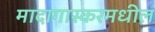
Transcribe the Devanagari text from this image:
मादागास्करमधील